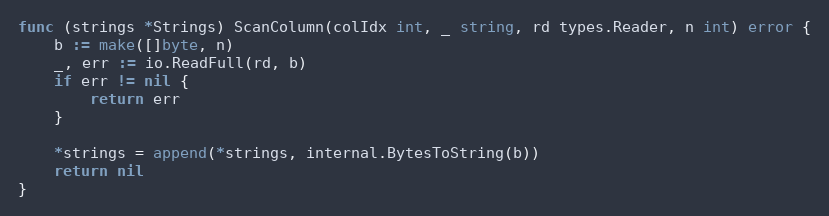
Language: Go
func (strings *Strings) ScanColumn(colIdx int, _ string, rd types.Reader, n int) error {
	b := make([]byte, n)
	_, err := io.ReadFull(rd, b)
	if err != nil {
		return err
	}

	*strings = append(*strings, internal.BytesToString(b))
	return nil
}